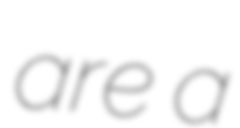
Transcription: are a